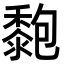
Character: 𪏶